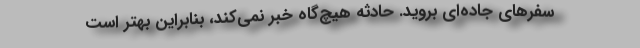
سفرهای جاده‌ای بروید. حادثه هیچ‌گاه خبر نمی‌کند، بنابراین بهتر است